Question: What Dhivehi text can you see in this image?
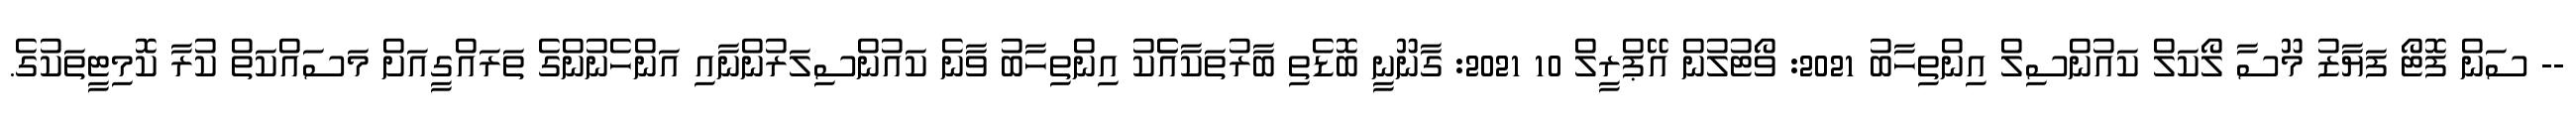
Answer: -- ސަން ފޮޓޯ ފަޔާޒު މޫސާ ލޯކަލް ކައުންސިލް އިންތިހާބު 2021: ވޯޓުލުން އޭޕްރީލް 10 2021: ގާނޫނީ ބޮޑެތި ބާރުތަކާއެެކު އިންތިހާބު ވާނެ ކައުންސިލަރުންނާއި އަންހެނުންގެ ތަރައްގީއަށް މަސައްކަތް ކުރާ ކޮމިޓީތަކުގެ.